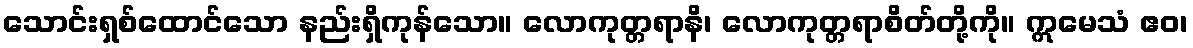
သောင်းရှစ်ထောင်သော နည်းရှိကုန်သော။ လောကုတ္တရာနိ၊ လောကုတ္တရာစိတ်တို့ကို။ ဣမေသံ ဧဝ၊